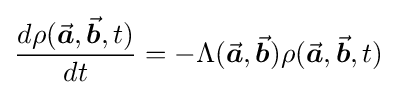
{\frac {d\rho ({\vec {\boldsymbol {a}}},{\vec {\boldsymbol {b}}},t)}{dt}}=-\Lambda ({\vec {\boldsymbol {a}}},{\vec {\boldsymbol {b}}})\rho ({\vec {\boldsymbol {a}}},{\vec {\boldsymbol {b}}},t)